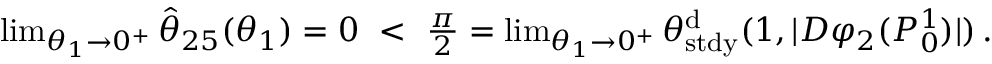
\begin{array} { r } { \operatorname* { l i m } _ { \theta _ { 1 } \to 0 ^ { + } } \hat { \theta } _ { 2 5 } ( \theta _ { 1 } ) = 0 \, \, < \, \, \frac \pi 2 = \operatorname* { l i m } _ { \theta _ { 1 } \to 0 ^ { + } } \theta _ { \mathrm { s t d y } } ^ { \mathrm { d } } ( 1 , | D \varphi _ { 2 } ( P _ { 0 } ^ { 1 } ) | ) \, . } \end{array}